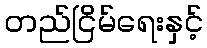
တည်ငြိမ်ရေးနှင့်